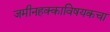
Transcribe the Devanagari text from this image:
जमीनहक्काविषयकचा